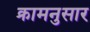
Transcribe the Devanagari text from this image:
क्रामनुसार